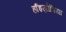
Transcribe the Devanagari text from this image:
र्हाइज़ोबिया